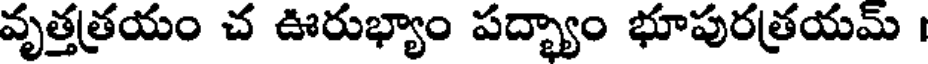
వృత్తత్రయం చ ఊరుభ్యాం పద్భ్యాం భూపురత్రయమ్ ।